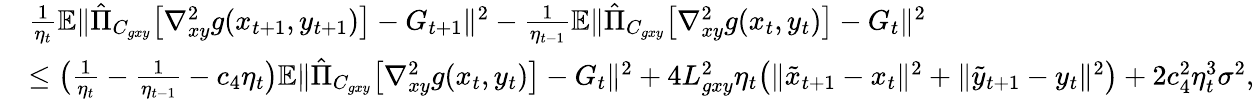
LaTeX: \begin{array}{rl}&{\frac{1}{\eta_{t}}\mathbb{E}\| \hat{\Pi}_{C_{gxy}}\big[\nabla_{xy}^{2}g(x_{t+1},y_{t+1})\big]-G_{t+1}\| ^{2}-\frac{1}{\eta_{t-1}}\mathbb{E}\| \hat{\Pi}_{C_{gxy}}\big[\nabla_{xy}^{2}g(x_{t},y_{t})\big]-G_{t}\| ^{2}}\\ &{\leq\big(\frac{1}{\eta_{t}}-\frac{1}{\eta_{t-1}}-c_{4}\eta_{t}\big)\mathbb{E}\| \hat{\Pi}_{C_{gxy}}\big[\nabla_{xy}^{2}g(x_{t},y_{t})\big]-G_{t}\| ^{2}+4L_{gxy}^{2}\eta_{t}\big(\| \tilde{x}_{t+1}-x_{t}\| ^{2}+\| \tilde{y}_{t+1}-y_{t}\| ^{2}\big)+2c_{4}^{2}\eta_{t}^{3}\sigma^{2},}\end{array}